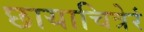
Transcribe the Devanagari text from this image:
छायाचित्रेरं